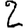
Digit: 2